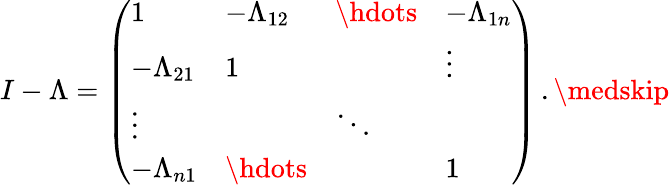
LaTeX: I-\Lambda=\left(\begin{array}{llll}{1}&{-\Lambda_{12}}&{\hdots}&{-\Lambda_{1n}}\\ {-\Lambda_{21}}&{1}&{}&{\vdots}\\ {\vdots}&{}&{\ddots}&{}\\ {-\Lambda_{n1}}&{\hdots}&{}&{1}\end{array}\right)\, .\medskip